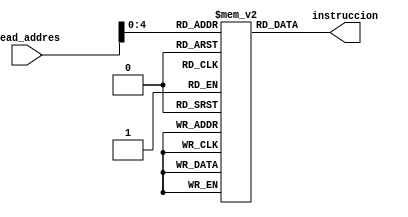
module instruccion_mem(
    input [31:0] Read_addres,
    output reg [31:0] instruccion
);

reg [31:0] memoria [0:31];

always @(Read_addres) begin
    instruccion = memoria[Read_addres];
end

endmodule